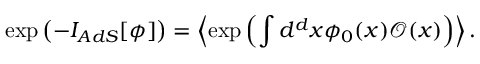
\exp \left( - I _ { A d S } [ \phi ] \right) = \left\langle \exp \left( \int d ^ { d } x \phi _ { 0 } ( x ) \mathcal { O } ( x ) \right) \right\rangle .